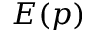
E ( p )